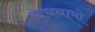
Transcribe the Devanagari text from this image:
चचनामो